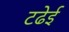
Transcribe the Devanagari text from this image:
टढेई